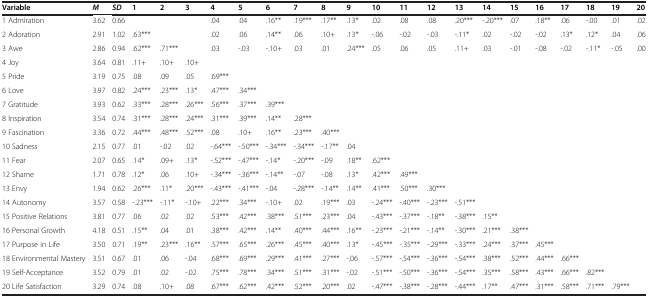
<table><thead><tr><td><b>Variable</b></td><td><b><i>M</i></b></td><td><b><i>SD</i></b></td><td><b>1</b></td><td><b>2</b></td><td><b>3</b></td><td><b>4</b></td><td><b>5</b></td><td><b>6</b></td><td><b>7</b></td><td><b>8</b></td><td><b>9</b></td><td><b>10</b></td><td><b>11</b></td><td><b>12</b></td><td><b>13</b></td><td><b>14</b></td><td><b>15</b></td><td><b>16</b></td><td><b>17</b></td><td><b>18</b></td><td><b>19</b></td><td><b>20</b></td></tr></thead><tbody><tr><td>1 Admiration</td><td>3.62</td><td>0.66</td><td></td><td></td><td></td><td>.04</td><td>.04</td><td>.16**</td><td>.19***</td><td>.17**</td><td>.13*</td><td>.02</td><td>.08</td><td>.08</td><td>.20***</td><td>-.20***</td><td>.07</td><td>.18**</td><td>.06</td><td>-.00</td><td>.01</td><td>.02</td></tr><tr><td>2 Adoration</td><td>2.91</td><td>1.02</td><td>.63***</td><td></td><td></td><td>.02</td><td>.06</td><td>.14**</td><td>.06</td><td>.10+</td><td>.13*</td><td>-.06</td><td>-.02</td><td>-.03</td><td>-.11*</td><td>.02</td><td>-.02</td><td>-.02</td><td>.13*</td><td>.12*</td><td>.04</td><td>.06</td></tr><tr><td>3 Awe</td><td>2.86</td><td>0.94</td><td>.62***</td><td>.71***</td><td></td><td>.03</td><td>-.03</td><td>-.10+</td><td>.03</td><td>.01</td><td>.24***</td><td>.05</td><td>.06</td><td>.05</td><td>.11+</td><td>.03</td><td>-.01</td><td>-.08</td><td>-.02</td><td>-.11*</td><td>-.05</td><td>.00</td></tr><tr><td>4 Joy</td><td>3.64</td><td>0.81</td><td>.11+</td><td>.10+</td><td>.10+</td><td></td><td></td><td></td><td></td><td></td><td></td><td></td><td></td><td></td><td></td><td></td><td></td><td></td><td></td><td></td><td></td><td></td></tr><tr><td>5 Pride</td><td>3.19</td><td>0.75</td><td>.08</td><td>.09</td><td>.05</td><td>.69***</td><td></td><td></td><td></td><td></td><td></td><td></td><td></td><td></td><td></td><td></td><td></td><td></td><td></td><td></td><td></td><td></td></tr><tr><td>6 Love</td><td>3.97</td><td>0.82</td><td>.24***</td><td>.23***</td><td>.13*</td><td>.47***</td><td>.34***</td><td></td><td></td><td></td><td></td><td></td><td></td><td></td><td></td><td></td><td></td><td></td><td></td><td></td><td></td><td></td></tr><tr><td>7 Gratitude</td><td>3.93</td><td>0.62</td><td>.33***</td><td>.28***</td><td>.26***</td><td>.56***</td><td>.37***</td><td>.39***</td><td></td><td></td><td></td><td></td><td></td><td></td><td></td><td></td><td></td><td></td><td></td><td></td><td></td><td></td></tr><tr><td>8 Inspiration</td><td>3.54</td><td>0.74</td><td>.31***</td><td>.28***</td><td>.24***</td><td>.31***</td><td>.39***</td><td>.14**</td><td>.28***</td><td></td><td></td><td></td><td></td><td></td><td></td><td></td><td></td><td></td><td></td><td></td><td></td><td></td></tr><tr><td>9 Fascination</td><td>3.36</td><td>0.72</td><td>.44***</td><td>.48***</td><td>.52***</td><td>.08</td><td>.10+</td><td>.16**</td><td>.23***</td><td>.40***</td><td></td><td></td><td></td><td></td><td></td><td></td><td></td><td></td><td></td><td></td><td></td><td></td></tr><tr><td>10 Sadness</td><td>2.15</td><td>0.77</td><td>.01</td><td>-.02</td><td>.02</td><td>-.64***</td><td>-.50***</td><td>-.34***</td><td>-.34***</td><td>-.17**</td><td>.04</td><td></td><td></td><td></td><td></td><td></td><td></td><td></td><td></td><td></td><td></td><td></td></tr><tr><td>11 Fear</td><td>2.07</td><td>0.65</td><td>.14*</td><td>.09+</td><td>.13*</td><td>-.52***</td><td>-.47***</td><td>-.14*</td><td>-.20***</td><td>-.09</td><td>.18**</td><td>.62***</td><td></td><td></td><td></td><td></td><td></td><td></td><td></td><td></td><td></td><td></td></tr><tr><td>12 Shame</td><td>1.71</td><td>0.78</td><td>.12*</td><td>.06</td><td>.10+</td><td>-.34***</td><td>-.36***</td><td>-.14**</td><td>-.07</td><td>-.08</td><td>.13*</td><td>.42***</td><td>.49***</td><td></td><td></td><td></td><td></td><td></td><td></td><td></td><td></td><td></td></tr><tr><td>13 Envy</td><td>1.94</td><td>0.62</td><td>.26***</td><td>.11*</td><td>.20***</td><td>-.43***</td><td>-.41***</td><td>-.04</td><td>-.28***</td><td>-.14**</td><td>.14**</td><td>.41***</td><td>.50***</td><td>.30***</td><td></td><td></td><td></td><td></td><td></td><td></td><td></td><td></td></tr><tr><td>14 Autonomy</td><td>3.57</td><td>0.58</td><td>-.23***</td><td>-.11*</td><td>-.10+</td><td>.22***</td><td>.34***</td><td>-.10+</td><td>.02</td><td>.19***</td><td>.03</td><td>-.24***</td><td>-.40***</td><td>-.23***</td><td>-.51***</td><td></td><td></td><td></td><td></td><td></td><td></td><td></td></tr><tr><td>15 Positive Relations</td><td>3.81</td><td>0.77</td><td>.06</td><td>.02</td><td>.02</td><td>.53***</td><td>.42***</td><td>.38***</td><td>.51***</td><td>.23***</td><td>.04</td><td>-.43***</td><td>-.37***</td><td>-.18**</td><td>-.38***</td><td>.15**</td><td></td><td></td><td></td><td></td><td></td><td></td></tr><tr><td>16 Personal Growth</td><td>4.18</td><td>0.51</td><td>.15**</td><td>.04</td><td>.01</td><td>.38***</td><td>.42***</td><td>.14**</td><td>.40***</td><td>.44***</td><td>.16**</td><td>-.23***</td><td>-.21***</td><td>-.14**</td><td>-.30***</td><td>.21***</td><td>.38***</td><td></td><td></td><td></td><td></td><td></td></tr><tr><td>17 Purpose in Life</td><td>3.50</td><td>0.71</td><td>.19**</td><td>.23***</td><td>.16**</td><td>.57***</td><td>.65***</td><td>.26***</td><td>.45***</td><td>.40***</td><td>.13*</td><td>-.45***</td><td>-.35***</td><td>-.29***</td><td>-.33***</td><td>.24***</td><td>.37***</td><td>.45***</td><td></td><td></td><td></td><td></td></tr><tr><td>18 Environmental Mastery</td><td>3.51</td><td>0.67</td><td>.01</td><td>.06</td><td>-.04</td><td>.68***</td><td>.69***</td><td>.29***</td><td>.41***</td><td>.27***</td><td>-.06</td><td>-.57***</td><td>-.54***</td><td>-.36***</td><td>-.54***</td><td>.38***</td><td>.52***</td><td>.44***</td><td>.66***</td><td></td><td></td><td></td></tr><tr><td>19 Self-Acceptance</td><td>3.52</td><td>0.79</td><td>.01</td><td>.02</td><td>-.02</td><td>.75***</td><td>.78***</td><td>.34***</td><td>.51***</td><td>.31***</td><td>-.02</td><td>-.51***</td><td>-.50***</td><td>-.36***</td><td>-.54***</td><td>.35***</td><td>.58***</td><td>.43***</td><td>.66***</td><td>.82***</td><td></td><td></td></tr><tr><td>20 Life Satisfaction</td><td>3.29</td><td>0.74</td><td>.08</td><td>.10+</td><td>.08</td><td>.67***</td><td>.62***</td><td>.42***</td><td>.52***</td><td>.20***</td><td>.02</td><td>-.47***</td><td>-.38***</td><td>-.28***</td><td>-.44***</td><td>.17**</td><td>.47***</td><td>.31***</td><td>.58***</td><td>.71***</td><td>.79***</td><td></td></tr></tbody></table>